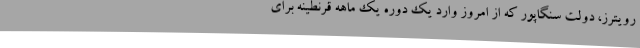
رویترز، دولت سنگاپور که از امروز وارد یک دوره یک ماهه قرنطینه برای